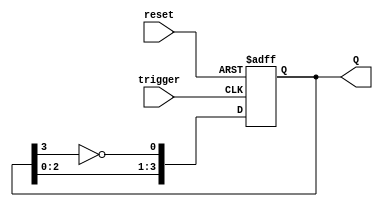
module async_johnson_counter (
    input wire reset,       // Asynchronous reset
    input wire trigger,     // Asynchronous trigger signal
    output reg [3:0] Q      // 4-bit output
);

    // Parameter for number of bits in the counter
    parameter N = 4;

    // Asynchronous reset and triggering behavior
    always @(posedge trigger or posedge reset) begin
        if (reset) begin
            Q <= 4'b0000; // Initialize to 0000 on reset
        end else begin
            // Johnson counter logic
            Q[0] <= ~Q[N-1]; // Feedback from the last flip-flop
            Q[1] <= Q[0];
            Q[2] <= Q[1];
            Q[3] <= Q[2];
        end
    end

endmodule